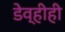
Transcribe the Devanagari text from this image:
डेव्हीही